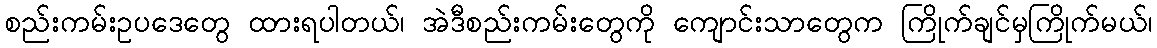
စည်းကမ်းဥပဒေတွေ ထားရပါတယ်၊ အဲဒီစည်းကမ်းတွေကို ကျောင်းသာတွေက ကြိုက်ချင်မှကြိုက်မယ်၊